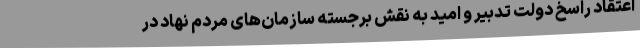
اعتقاد راسخ دولت تدبیر و امید به نقش برجسته سازمان‌های مردم نهاد در